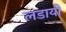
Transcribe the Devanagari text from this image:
लडायी